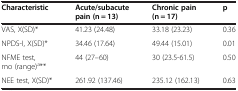
<table><thead><tr><td><b>Characteristic</b></td><td><b>Acute/subacute pain (n = 13)</b></td><td><b>Chronic pain (n = 17)</b></td><td><b>p</b></td></tr></thead><tbody><tr><td>VAS, X(SD)*</td><td>41.23 (24.48)</td><td>33.18 (23.23)</td><td>0.36</td></tr><tr><td>NPDS-I, X(SD)*</td><td>34.46 (17.64)</td><td>49.44 (15.01)</td><td>0.01</td></tr><tr><td>NFME test, mo (range)<sup>a</sup>**</td><td>44 (27–60)</td><td>30 (23.5-61.5)</td><td>0.50</td></tr><tr><td>NEE test, X(SD)*</td><td>261.92 (137.46)</td><td>235.12 (162.13)</td><td>0.63</td></tr></tbody></table>